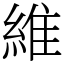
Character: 維